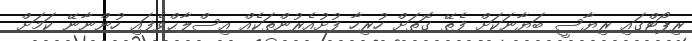
ރިޕޯޓްގައި ރިޔާސީ ބަޔާނަކަށް ފެތޭ ގޮތަށް ހުރިހާ ފުށުއެރުންތަކެއް އިސްލާޙްވެފައި ހުންނާނޭ ކަމަށް